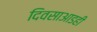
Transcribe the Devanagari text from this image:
दिवसाआडही